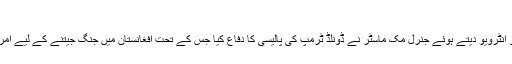
06 اگست 2017 - 14:59
خبر رساں ادارے تسنیم کے مطابق امریکی ریڈیو کو انٹرویو دیتے ہوئے جنرل مک ماسٹر نے ڈونلڈ ٹرمپ کی پالیسی کا دفاع کیا جس کے تحت افغانستان میں جنگ جیتنے کے لیے امریکی افواج کو لا محدود اختیارات دے دیے گئے ہیں۔